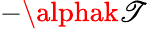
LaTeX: -\alphak\mathscr{T}